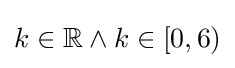
k\in \mathbb {R} \land k\in [0,6)